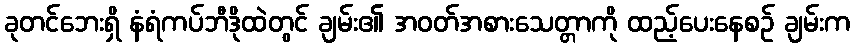
ခုတင်ဘေးရှိ နံရံကပ်ဘီဒိုထဲတွင် ချမ်း၏ အဝတ်အစားသေတ္တာကို ထည့်ပေးနေစဉ် ချမ်းက